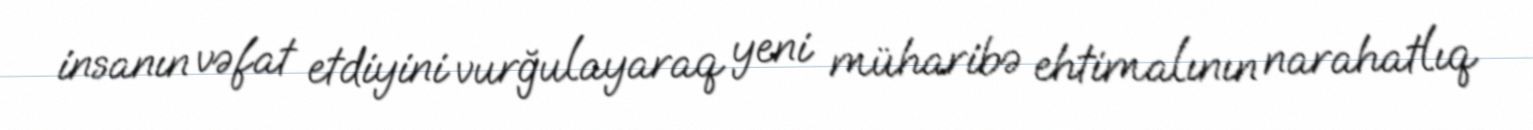
insanın vəfat etdiyini vurğulayaraq yeni müharibə ehtimalının narahatlıq